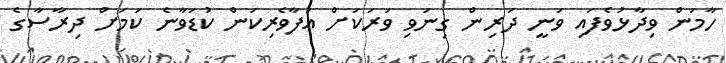
ހާމަން ވިދާޅުވެފައި ވަނީ ދަރިން ގިނަވި ވަރަކަށް އުފާވެރިކަން ކުޑަވާނެ ކަމަށް ދިރާސާގެ